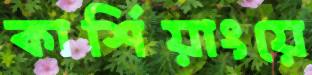
কার্শিয়াংয়ে